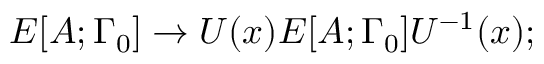
E [ A ; \Gamma _ { 0 } ] \rightarrow U ( x ) E [ A ; \Gamma _ { 0 } ] U ^ { - 1 } ( x ) ;